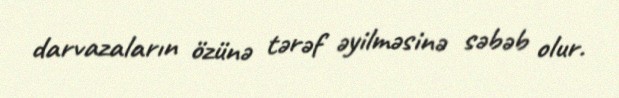
darvazaların özünə tərəf əyilməsinə səbəb olur.